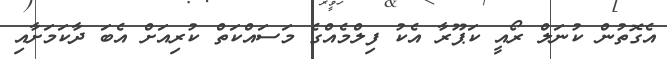
އެގޮތުން ކުނަލް ރޯއީ ކަޕޫރާ އެކު ފިލްމެއްގެ މަސައްކަތް ކުރިއަށް އެބަ ދާކަމަށާއި